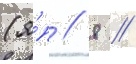
(я́п // 8 //